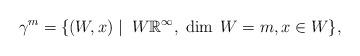
LaTeX: \begin{align*}\gamma^m=\{\left(W,x\right) \mid\; W \mathbb{R}^\infty,\;\dim\; W=m, x\in W\},\end{align*}